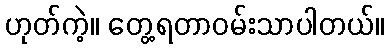
ဟုတ်ကဲ့။ တွေ့ရတာဝမ်းသာပါတယ်။